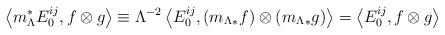
LaTeX: \begin{align*} \left\langle m_{\Lambda}^{*} E^{ij}_0, f \otimes g \right\rangle \equiv \Lambda^{- 2} \left\langle E^{ij}_0, ({m_{\Lambda}}_*f) \otimes ({m_{\Lambda}}_*g) \right\rangle = \left\langle E^{ij}_0, f \otimes g \right\rangle \end{align*}